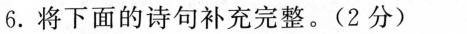
6.将下面的诗句补充完整。(2分)